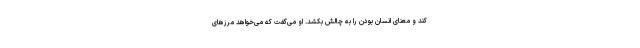
کند و معنای انسان بودن را به چالش بکشد. او می‌گفت که می‌خواهد مرزهای